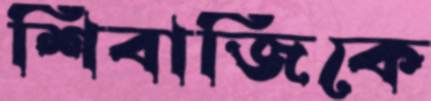
শিবাজিকে